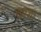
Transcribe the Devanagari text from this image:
खाशा